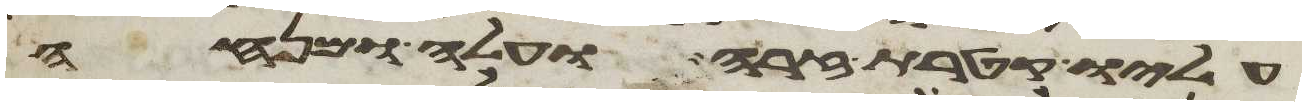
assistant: עליו קטרת זרה ועלה ומנחה